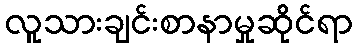
လူသားချင်းစာနာမှုဆိုင်ရာ